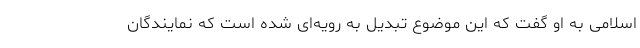
اسلامی به او گفت که این موضوع تبدیل به رویه‌ای شده است که نمایندگان